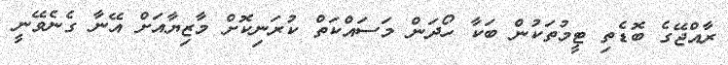
ރާއްޖޭގެ ބޮޑެތި ޓީމުތަކުން ބަކާ ހޯދަން މަސައްކަތް ކުރަނިކޮށް މާޒިޔާއަށް އޭނާ ގެނެވޭނީ